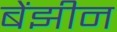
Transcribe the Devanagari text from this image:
बेंझीन